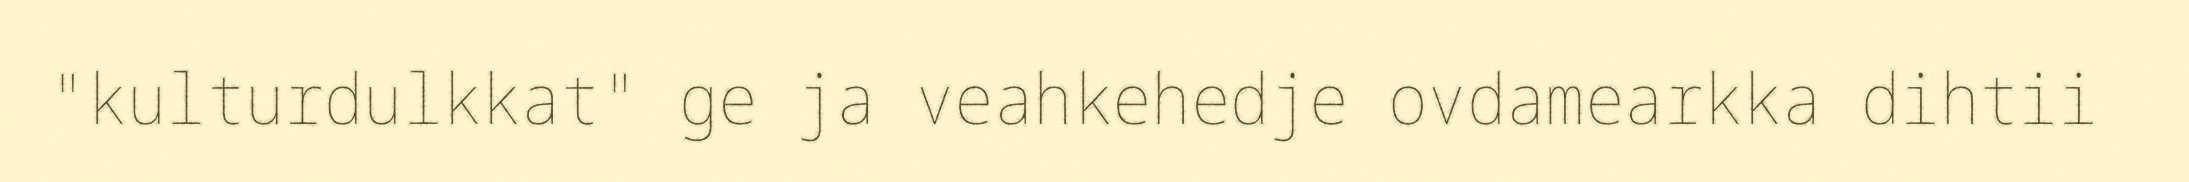
"kulturdulkkat" ge ja veahkehedje ovdamearkka dihtii